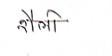
मजकूर: शैली